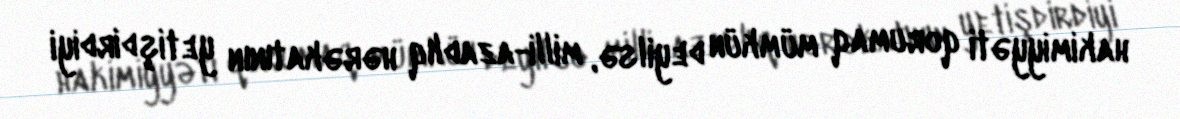
hakimiyyəti qorumaq mümkün deyilsə, milli-azadlıq hərəkatının yetişdirdiyi